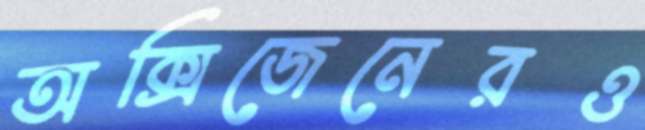
অক্সিজেনেরও